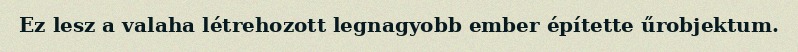
Ez lesz a valaha létrehozott legnagyobb ember építette űrobjektum.